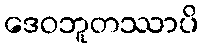
ဒေဝဘူတဿာပိ